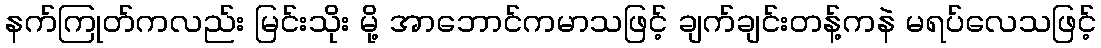
နက်ကြုတ်ကလည်း မြင်းသိုး မို့ အာဘောင်ကမာသဖြင့် ချက်ချင်းတန့်ကနဲ မရပ်လေသဖြင့်